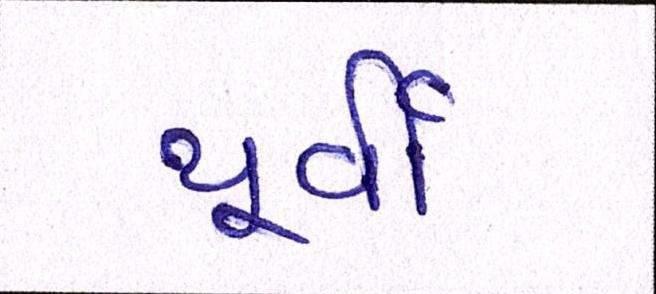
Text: પૂર્વી